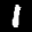
Label: 1